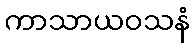
ကာသာယဝသနံ